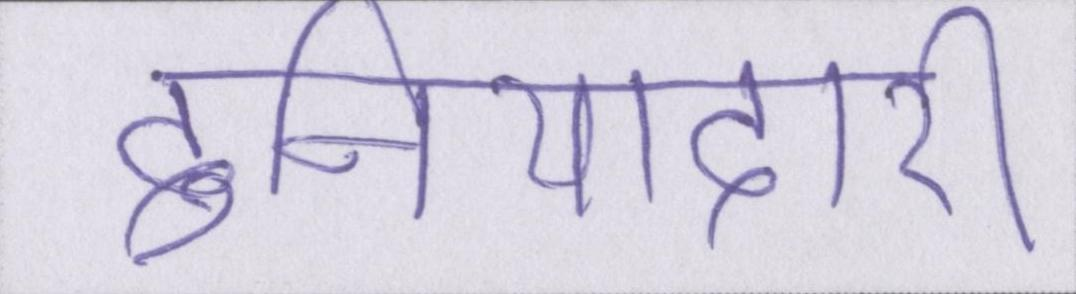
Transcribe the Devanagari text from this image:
दुनियादारी